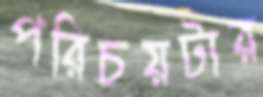
পরিচয়টার